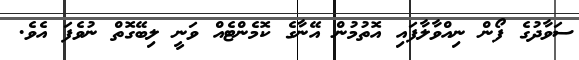
ސަވާދުގެ ފޯން ނިއްވާލާފައިި އޮތުމުން އޭނާގެ ކޮމެންޓެއް ވަނީ ލިބޭގޮތް ނުވެފަ އެވެ.